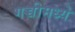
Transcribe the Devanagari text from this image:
गच्चीमध्ये